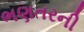
ભણતરની